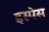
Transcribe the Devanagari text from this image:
इस्पेस